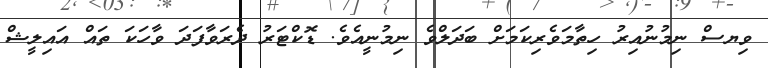
ވިޔސް ނިމުނުއިރު ހިތާމަވެރިކަމަށް ބަދަލްވެ ނިމުނީއެވެ. ޑޮކްޓަރު ދެރަވާފަދަ ވާހަކަ ތައް އައިލީޝް